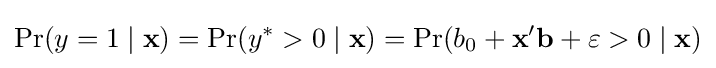
{\rm {Pr}}(y=1\mid \mathbf {x} )={\rm {Pr}}(y^{*}>0\mid \mathbf {x} )={\rm {Pr}}(b_{0}+\mathbf {x} '\mathbf {b} +\varepsilon >0\mid \mathbf {x} )